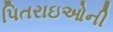
પિતરાઇઓની